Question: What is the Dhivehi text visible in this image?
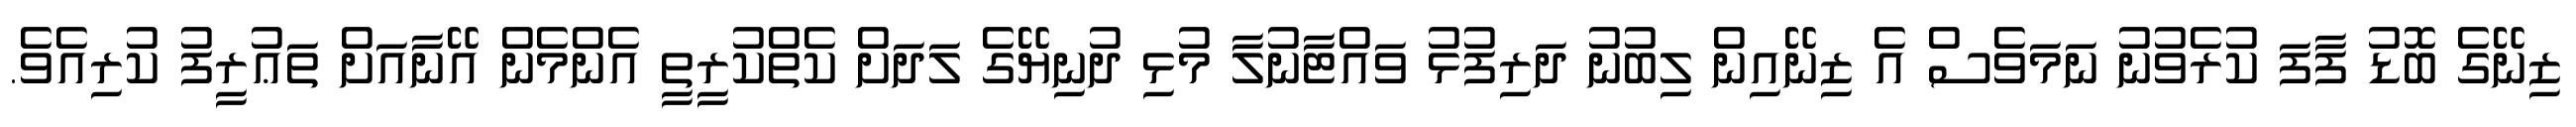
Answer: ޒިނޭގެ ބޮޑު ފާފަ ކުރެވުނު ނަމަވެސް އެ ޒިނޭއިން ލިބުނު ދަރިފުޅު ވައްޓާނުލާ މުޅި ދުނިޔޭގެ ލަދަށް ކެތްކުރީތީ އެންމެން އޭނާއަށް ތަޢުރީފު ކުރިއެވެ.